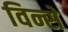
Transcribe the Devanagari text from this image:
विन्से